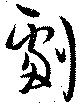
劇